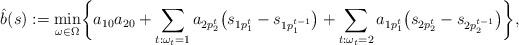
LaTeX: \begin{align*} \hat{b}(s) := \min_{ \omega \in \Omega }\biggl\{ a_{10}a_{20} + \sum_{t:\omega_t=1} a_{2p^t_2}\bigl(s_{1p^t_1} - s_{1p^{t-1}_1}\bigr) + \sum_{t:\omega_t=2} a_{1p^t_1}\bigl(s_{2p^t_2} - s_{2p^{t-1}_2}\bigr)\biggr\},\end{align*}